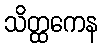
သိတ္ထကေန